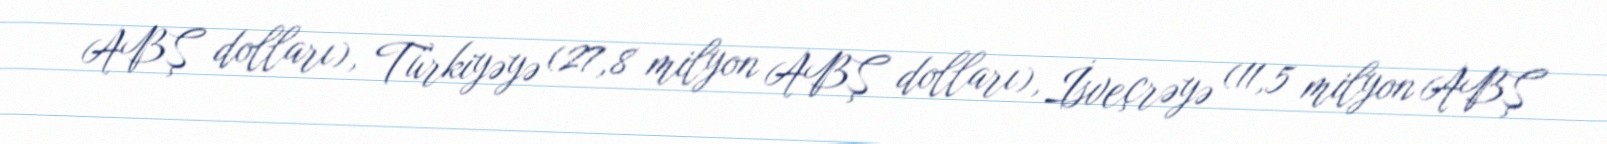
ABŞ dolları), Türkiyəyə (27,8 milyon ABŞ dolları), İsveçrəyə (11,5 milyon ABŞ